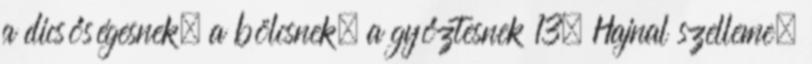
a dicsőségesnek, a bölcsnek, a győztesnek 13. Hajnal szelleme,